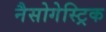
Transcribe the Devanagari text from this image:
नैसोगेस्ट्रिक